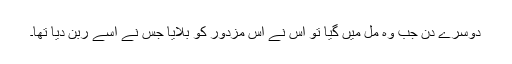
دوسرے دن جب وہ مل میں گیا تو اس نے اس مزدور کو بلایا جس نے اسے ربن دیا تھا۔